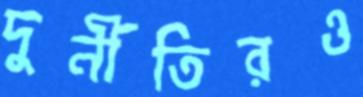
দুর্নীতিরও